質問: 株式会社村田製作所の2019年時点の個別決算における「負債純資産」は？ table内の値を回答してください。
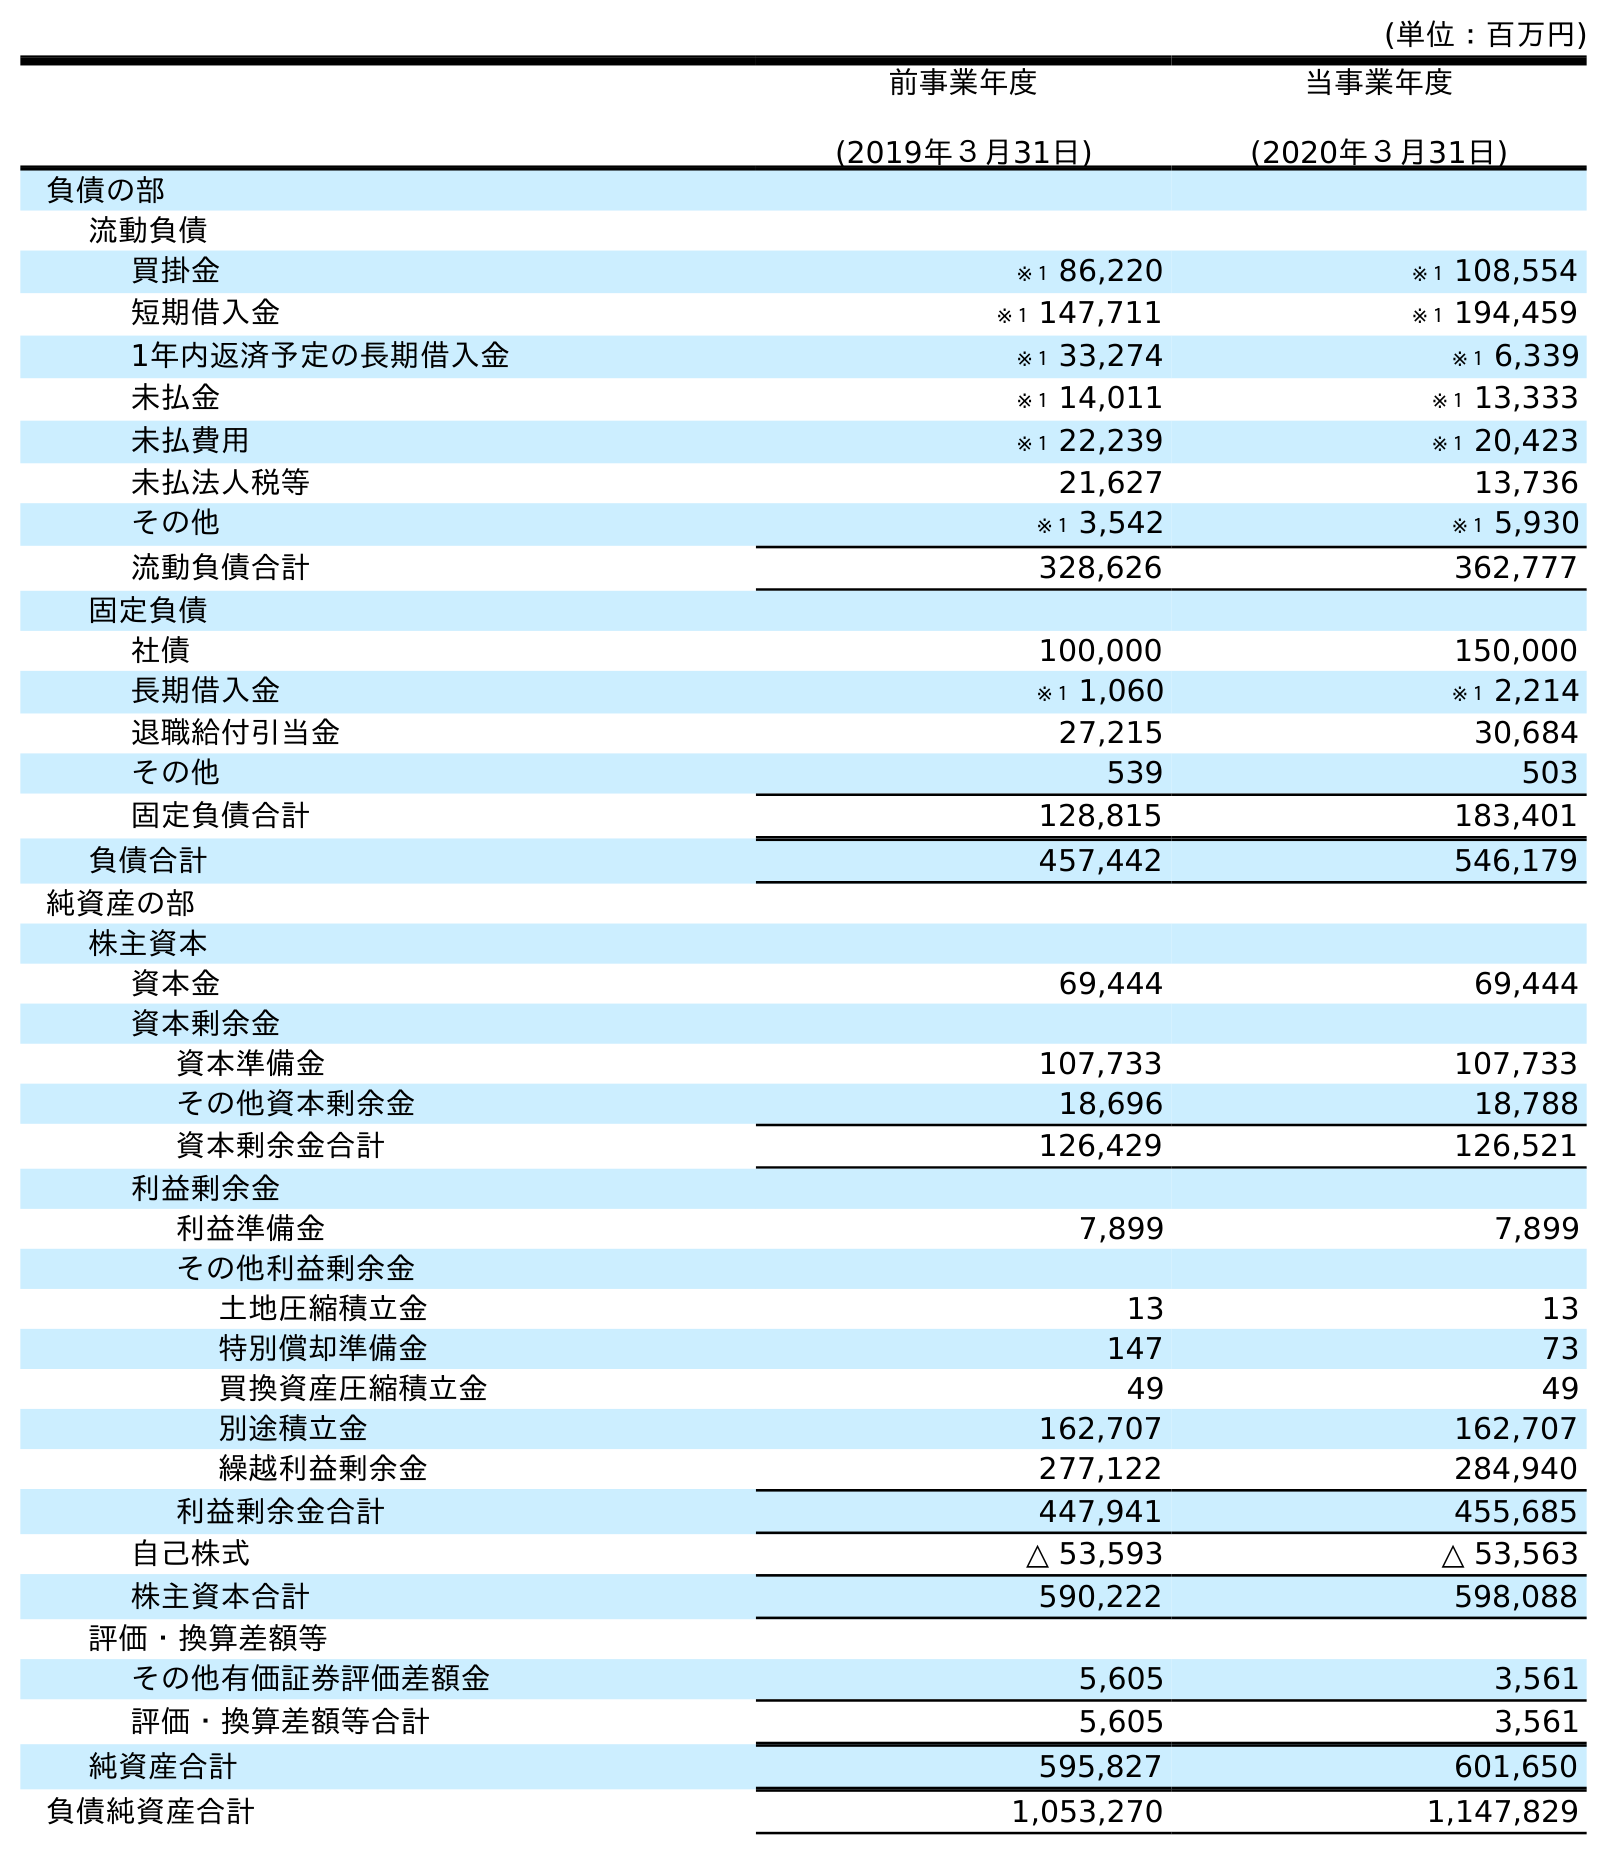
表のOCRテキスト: (単位：百万円) 前事業年度 (2019年３月31日) 当事業年度 (2020年３月31日) 負債の部 流動負債 買掛金 ※１ 86,220 ※１ 108,554 短期借入金 ※１ 147,711 ※１ 194,459 1年内返済予定の長期借入金 ※１ 33,274 ※１ 6,339 未払金 ※１ 14,011 ※１ 13,333 未払費用 ※１ 22,239 ※１ 20,423 未払法人税等 21,627 13,736 その他 ※１ 3,542 ※１ 5,930 流動負債合計 328,626 362,777 固定負債 社債 100,000 150,000 長期借入金 ※１ 1,060 ※１ 2,214 退職給付引当金 27,215 30,684 その他 539 503 固定負債合計 128,815 183,401 負債合計 457,442 546,179 純資産の部 株主資本 資本金 69,444 69,444 資本剰余金 資本準備金 107,733 107,733 その他資本剰余金 18,696 18,788 資本剰余金合計 126,429 126,521 利益剰余金 利益準備金 7,899 7,899 その他利益剰余金 土地圧縮積立金 13 13 特別償却準備金 147 73 買換資産圧縮積立金 49 49 別途積立金 162,707 162,707 繰越利益剰余金 277,122 284,940 利益剰余金合計 447,941 455,685 自己株式 △ 53,593 △ 53,563 株主資本合計 590,222 598,088 評価・換算差額等 その他有価証券評価差額金 5,605 3,561 評価・換算差額等合計 5,605 3,561 純資産合計 595,827 601,650 負債純資産合計 1,053,270 1,147,829
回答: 1,053,270